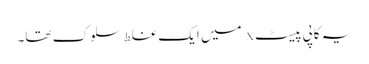
یہ کاپی پیسٹ x میں ایک غلط سلوک تھا۔